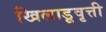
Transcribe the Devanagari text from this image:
खिलाडूवृत्ती